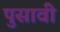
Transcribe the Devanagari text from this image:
पुसावी